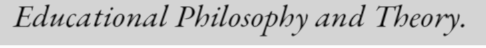
Educational Philosophy and Theory.